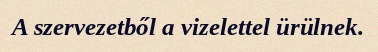
A szervezetből a vizelettel ürülnek.